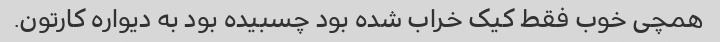
همچی خوب فقط کیک خراب شده بود چسبیده بود به دیواره کارتون.